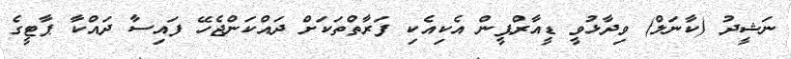
ނަޝީދު (ކާނަލް) ވިދާޅުވީ ޑީއާރްޕީން އެކިއެކި ފަރާތްތަކަށް ދައްކަންޖެހޭ ފައިސާ ދައްކާ ޕާޓީގެ